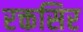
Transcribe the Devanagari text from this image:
रक्तसिर